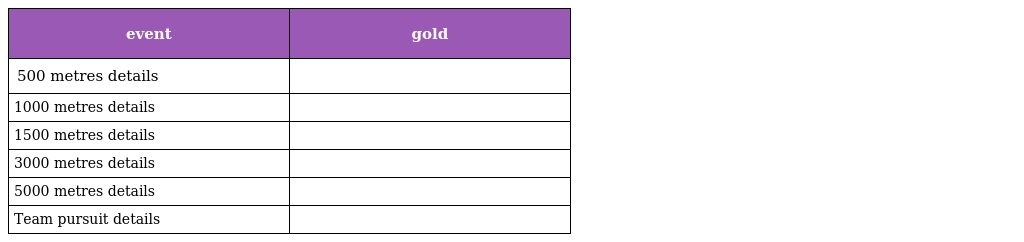
| event | gold |
 | --- | --- |
 | 500 metres details |  |
 | 1000 metres details |  |
 | 1500 metres details |  |
 | 3000 metres details |  |
 | 5000 metres details |  |
 | Team pursuit details |  |